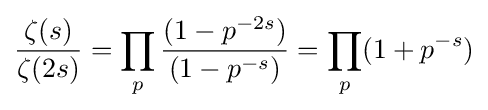
{\frac {\zeta (s)}{\zeta (2s)}}=\prod _{p}{\frac {(1-p^{-2s})}{(1-p^{-s})}}=\prod _{p}(1+p^{-s})